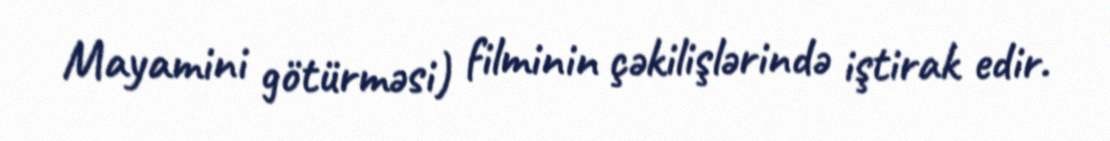
Mayamini götürməsi) filminin çəkilişlərində iştirak edir.